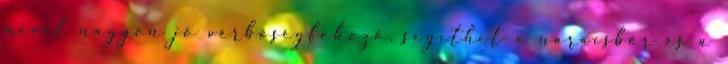
mivel nagyon jó vérbőségfokozó, segíthet a naracsbőr és a